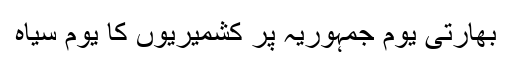
بھارتی یوم جمہوریہ پر کشمیریوں کا یوم سیاہ